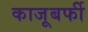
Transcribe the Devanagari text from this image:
काजूबर्फी